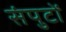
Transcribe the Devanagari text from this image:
संपुटों